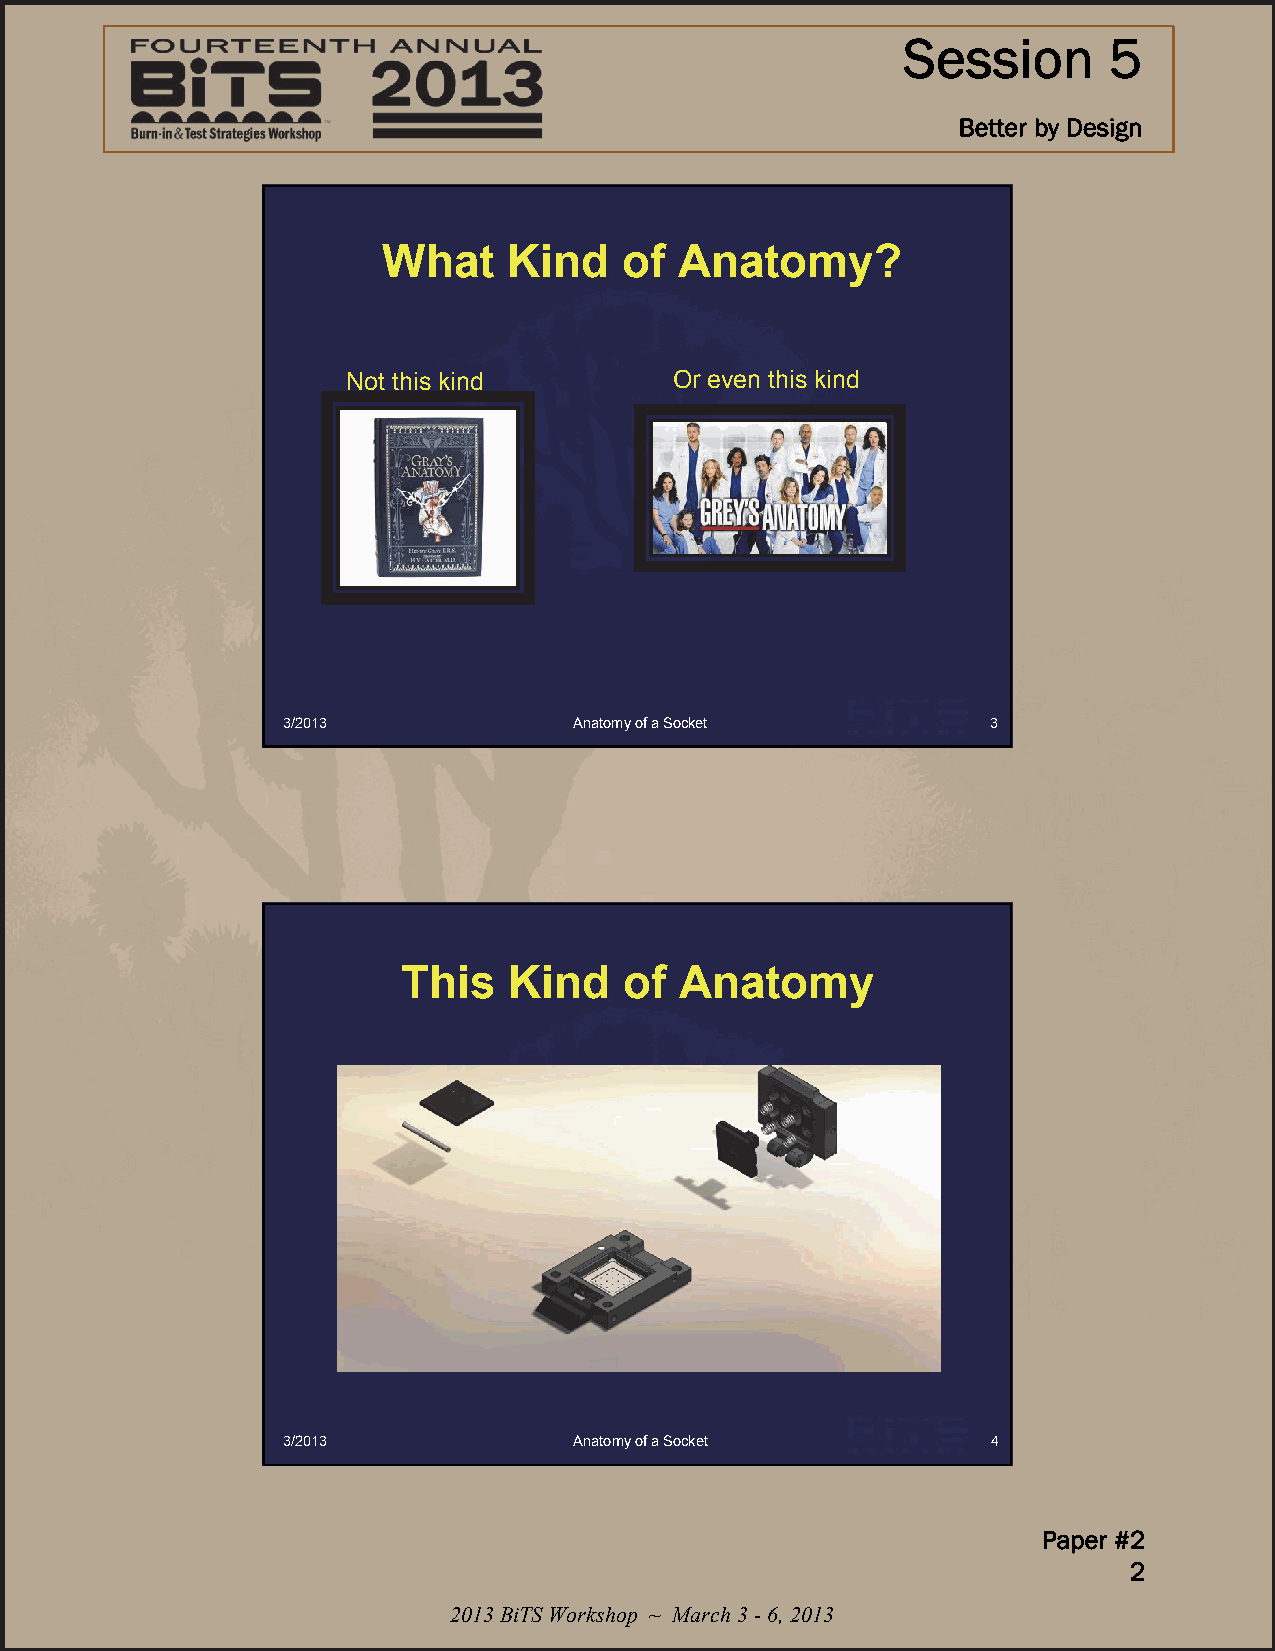
Session      5
 Better by Design
 What     Kind   of  Anatomy?
 Not this kind         Or even this kind
 3/2013             Anatomy of a Socket         3
 This   Kind   of  Anatomy
 3/2013             Anatomy of a Socket         4
 Paper #2
 2
 2013 BiTS Workshop ~ March 3 -6, 2013